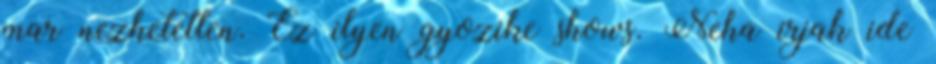
mar nezhetetlen. Ez ilyen gyozike shows. Neha irjak ide